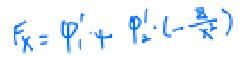
$F_{X}=\varphi _{1}'+\varphi _{2}'(-\frac {\partial }{\partial x})$